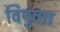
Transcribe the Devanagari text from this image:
विषुवत्त